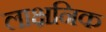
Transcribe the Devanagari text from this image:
लाक्षनिक